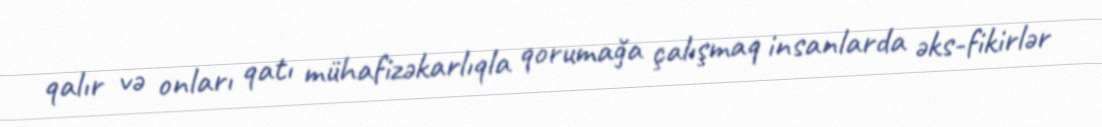
qalır və onları qatı mühafizəkarlıqla qorumağa çalışmaq insanlarda əks-fikirlər